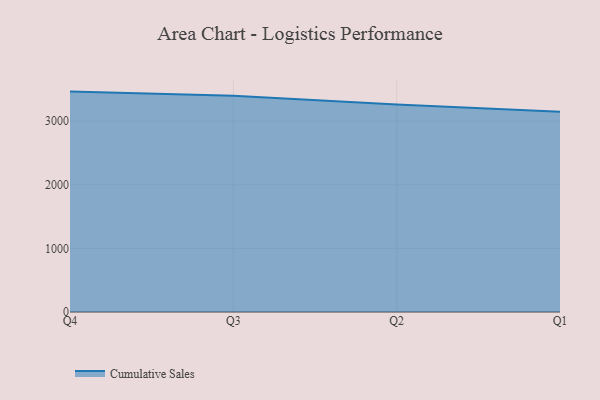
{"axis": {"x": "Quarter", "y": "Conversion Rate (%)"}, "legend": ["Cumulative Sales"], "data": [{"x": "Q4", "y": 3464.6, "type": "Cumulative Sales"}, {"x": "Q3", "y": 3398.1, "type": "Cumulative Sales"}, {"x": "Q2", "y": 3261.2, "type": "Cumulative Sales"}, {"x": "Q1", "y": 3147.0, "type": "Cumulative Sales"}]}